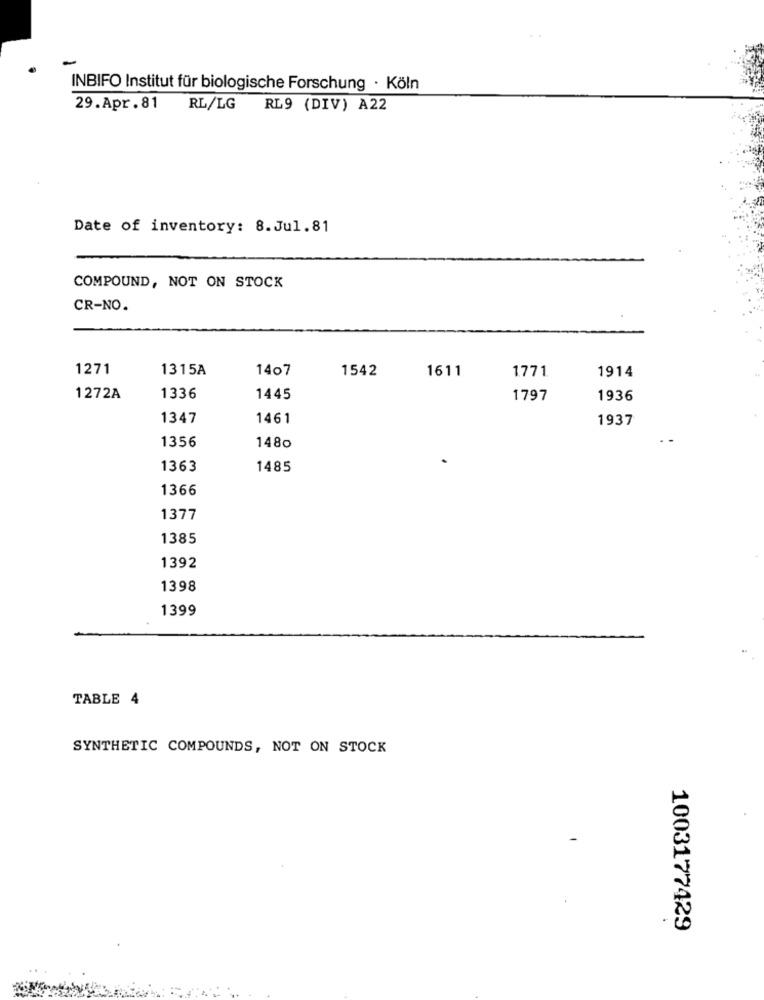
INBIFO Institut für biologische Forschung · Köln
29.Apr. 81
RL/LG RL9 (DIV) A22
Date of inventory: 8.Jul.81
COMPOUND, NOT ON STOCK
CR-NO.
1271
1315A
1407
1542
1611
1771
1914
1272A
1336
1445
1797
1936
1347
1461
1937
1356
1480
1363
1485
1366
1377
1385
1392
1398
1399
TABLE 4
SYNTHETIC COMPOUNDS, NOT ON STOCK
1003177429